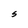
Character: S